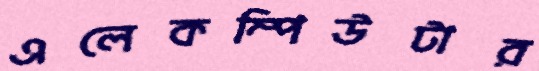
এলেকম্পিউটার